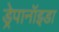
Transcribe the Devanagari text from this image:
ड्रेपानॉइडा